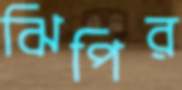
ঝিপির